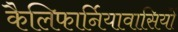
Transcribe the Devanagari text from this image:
कैलिफार्नियावासियों